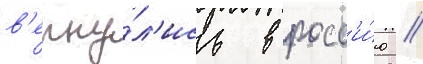
в'ерну́л'ись в росс'и́ю //